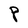
Character: P